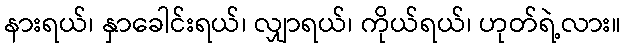
နားရယ်၊ နှာခေါင်းရယ်၊ လျှာရယ်၊ ကိုယ်ရယ်၊ ဟုတ်ရဲ့လား။